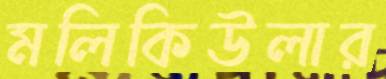
মলিকিউলার